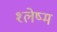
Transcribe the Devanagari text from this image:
श्‍लेष्‍म